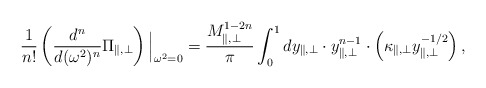
\begin{align*}{1\over n!}\left({d^n\over d(\omega^2)^n}\Pi_{\parallel,\bot}\right)\Big{\vert}_{\omega^2=0}={M_{\parallel,\bot}^{1-2n}\over\pi}\int_{0}^{1}dy_{\parallel,\bot}\cdot y_{\parallel,\bot}^{n-1}\cdot \left(\kappa_{\parallel ,\bot}y_{\parallel,\bot}^{-1/2}\right), \end{align*}